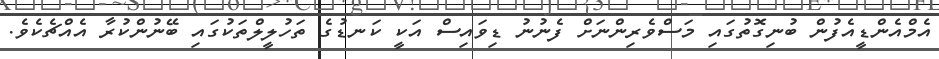
އެމްއެންޑީއެފުން ބުނިގޮތުގައި މަސްވެރިންނަށް ފެނުނު ޑިވައިސް އަކީ ކަނޑުގެ ތަހުލީލްތަކުގައި ބޭނުންކުރާ އެއްޗެކެވެ.